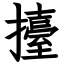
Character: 擡